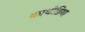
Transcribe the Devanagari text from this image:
काथोडिया